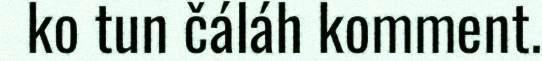
ko tun čáláh komment.